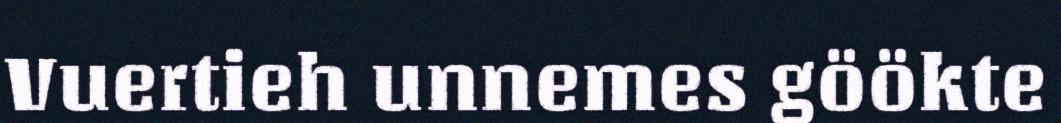
Vuertieh unnemes göökte